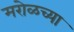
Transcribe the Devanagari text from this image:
मरोळच्या